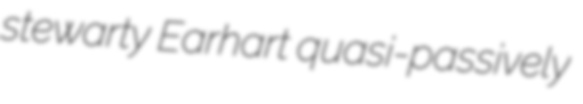
stewarty Earhart quasi-passively